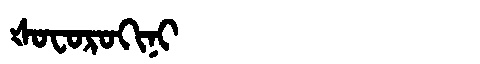
Manchu: ᡧᠣᠸᠣᡵᠣᡴᡳᠨᡳ
Romanization: ŠOFOROKINI